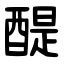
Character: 醍